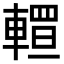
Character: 𨎅